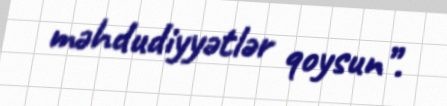
məhdudiyyətlər qoysun”.